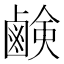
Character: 鹸